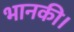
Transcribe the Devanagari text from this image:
भानकी।